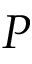
P